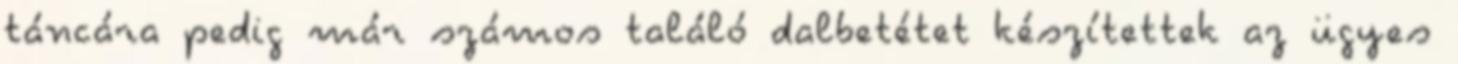
táncára pedig már számos találó dalbetétet készítettek az ügyes